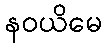
နဝယိမေ